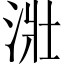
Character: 𣴣